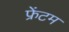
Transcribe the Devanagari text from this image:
फ्रेंटम